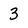
Character: 3